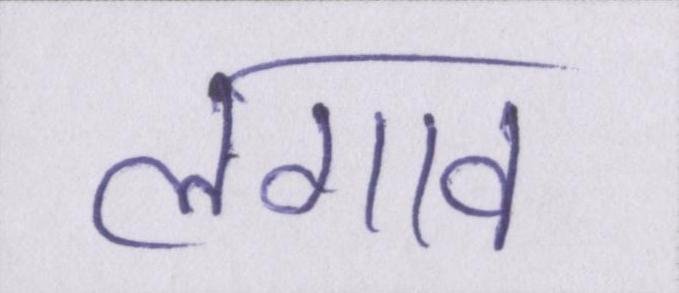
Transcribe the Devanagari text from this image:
लगाव